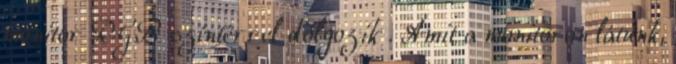
monitor RGB színtérrel dolgozik . Amit a monitoron látunk,